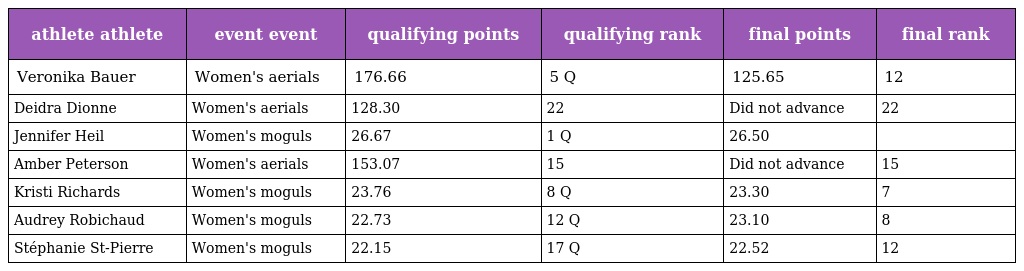
| athlete athlete | event event | qualifying points | qualifying rank | final points | final rank |
 | --- | --- | --- | --- | --- | --- |
 | Veronika Bauer | Women's aerials | 176.66 | 5 Q | 125.65 | 12 |
 | Deidra Dionne | Women's aerials | 128.30 | 22 | Did not advance | 22 |
 | Jennifer Heil | Women's moguls | 26.67 | 1 Q | 26.50 |  |
 | Amber Peterson | Women's aerials | 153.07 | 15 | Did not advance | 15 |
 | Kristi Richards | Women's moguls | 23.76 | 8 Q | 23.30 | 7 |
 | Audrey Robichaud | Women's moguls | 22.73 | 12 Q | 23.10 | 8 |
 | Stéphanie St-Pierre | Women's moguls | 22.15 | 17 Q | 22.52 | 12 |